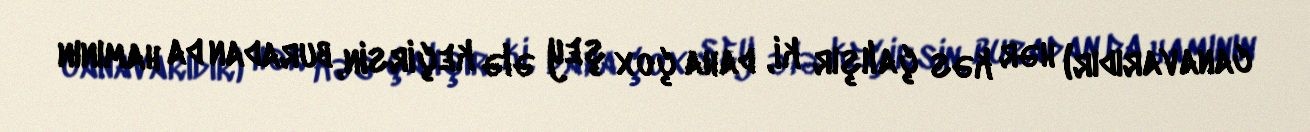
canavarıdır) hər kəs çalışır ki, daha çox şey ələ keçirsin, buradan da hamının